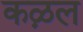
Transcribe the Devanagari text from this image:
कऴल